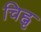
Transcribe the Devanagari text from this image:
चिह्नृ